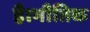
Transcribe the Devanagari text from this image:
है।भौतिक